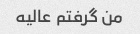
من گرفتم عالیه